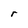
Character: r